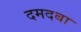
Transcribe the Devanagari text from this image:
दमदबा